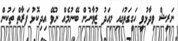
ނަރީޝް ވިދާޅުވީ ހަގީގަތުގައި މިއަދު ޒުވާނުން ބޭނުމެއް ނުވޭ އިދިކޮޅު ފަރާތް ތަކުން